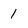
Character: 1